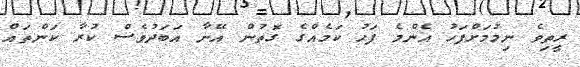
ރީތިވެ ނިމުމަށްފަހު އެންމެ ފަހު ކަމެއްގެ ގޮތުން އޭނާ އަބަދުވެސް ކުރާ ކަންތައް